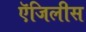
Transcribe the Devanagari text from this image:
ऍजिलीस